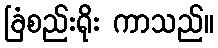
ခြံစည်းရိုး ကာသည်။